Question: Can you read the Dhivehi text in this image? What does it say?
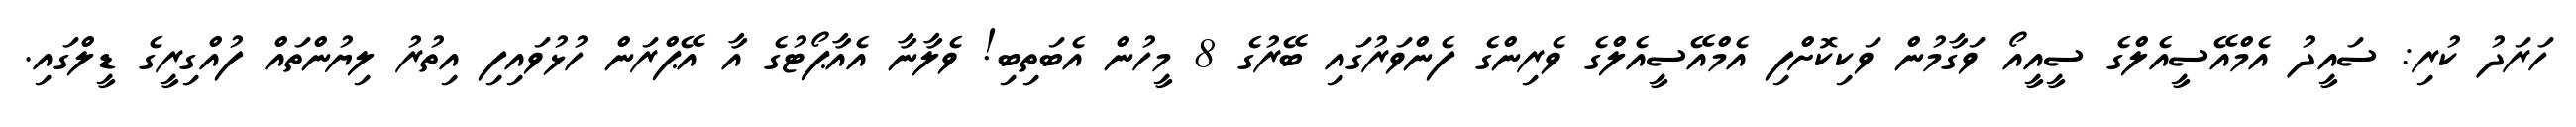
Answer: ހަރަދު ކުރި: ސައީދު އެމްއޭސީއެލްގެ ސީއީއޯ ވަގާމުން ވަކިކޮށްފި އެމްއޭސީއެލްގެ ވެރިންގެ ފެންވަރުގައި ބޭރުގެ 8 މީހުން އެބަތިބި! ވެލާނާ އެއާޕޯޓުގެ އާ އޭޕްރަން ހުޅުވައިފި އިތުރު ލިޔުންތައް ފުއްގިރީގެ ޑީލްގައި.